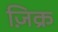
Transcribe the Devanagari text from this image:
ज़िक्र